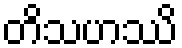
တိသဟဿိ